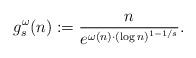
LaTeX: \begin{align*}g^{\omega}_s(n):=\frac{n}{e^{\omega(n)\cdot (\log n)^{1-1/s}}}.\end{align*}